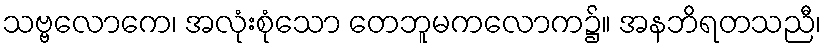
သဗ္ဗလောကေ၊ အလုံးစုံသော တေဘူမကလောက၌။ အနဘိရတသညီ၊